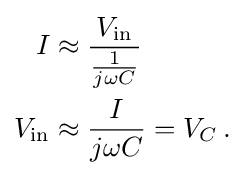
{\begin{aligned}I&\approx {\frac {V_{\mathrm {in} }}{\frac {1}{j\omega C}}}\\V_{\mathrm {in} }&\approx {\frac {I}{j\omega C}}=V_{C}\,.\end{aligned}}